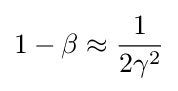
1-\beta \approx {\frac {1}{2\gamma ^{2}}}